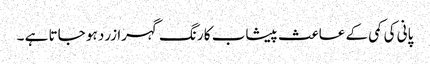
پانی کی کمی کے عاعث پیشاب کا رنگ گہرا زرد ہو جاتا ہے ۔